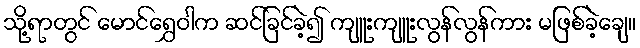
သို့ရာတွင် မောင်ရွှေဝါက ဆင်ခြင်ခဲ့၍ ကျူးကျူးလွန်လွန်ကား မဖြစ်ခဲ့ချေ။